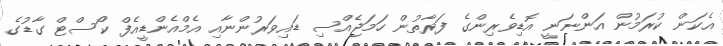
އެކަން ކުރަމުން އަންނަނީ އޮޑިވެރިންގެ ފަރާތުން ހަމަޖެއްސި ޑައިވަރުންނާއި އެމްއެންޑީއެފް ކޯސްޓް ގާޑުގެ